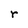
Character: r